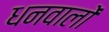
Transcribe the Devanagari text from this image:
धनवालों